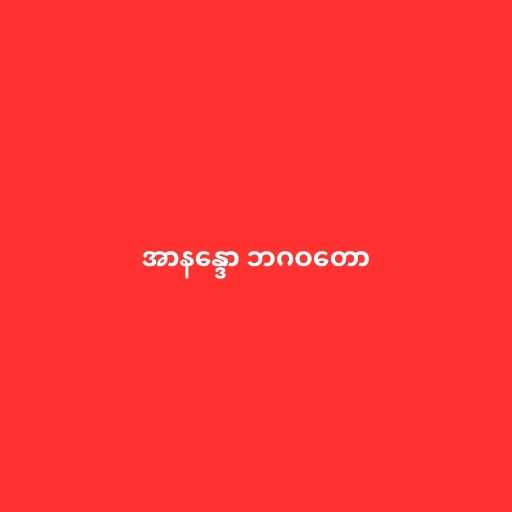
အာနန္ဒော ဘဂဝတော